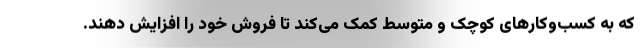
که به کسب‌وکارهای کوچک و متوسط کمک می‌کند تا فروش خود را افزایش دهند.